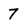
Character: 7